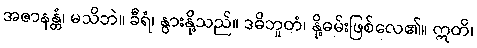
အဇာနန္တံ၊ မသိဘဲ။ ခီရံ၊ နွားနို့သည်။ ဒဓိဘူတံ၊ နို့ဓမ်းဖြစ်လေ၏။ ဣတိ၊